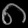
Digit: ၈